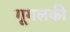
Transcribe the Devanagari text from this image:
गूगलकी